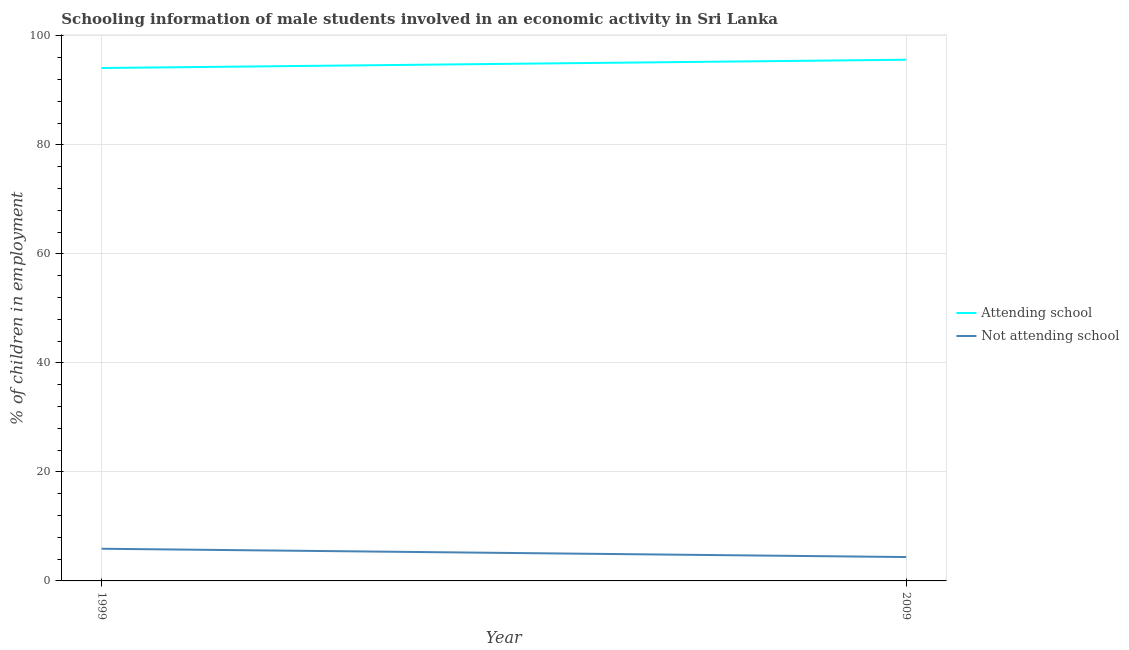
| Year | Attending school | Not attending school |
 | --- | --- | --- |
 | 1999 | 94.1 | 5.9 |
 | 2009 | 95.6 | 4.38 |